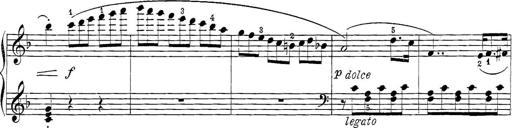
Title: 12 Sonatine per Pianoforte
Composer: Friedrich Kuhlau